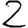
Digit: 2